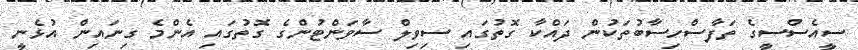
ސީއެސްސީގެ ތަފާސްހިސާބުތަކުން ދައްކާ ގޮތުގައި ސިވިލް ސާވަންޓުންގެ ގޮތުގައި އެންމެ ގިނައިން އުޅެނީ